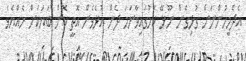
އެދެމީހުންނަށް ގުޅިގެން ނޫޅޭ ކަމުގައިވާނަމަ ދެން އުޅެވެން އޮތީ ކޮން ބަޔަކަށް ހެއްޔެވެ